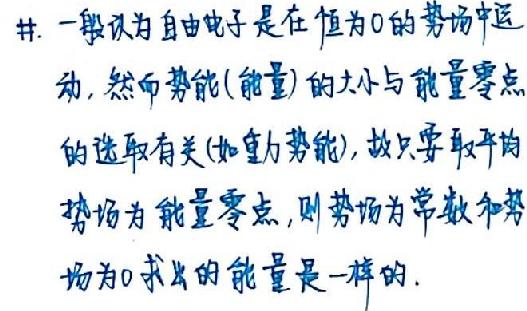
#. 一般认为自由电子是在恒为0的势场中运
动，然而势能(能量)的大小与能量零点
的选取有关(如重力势能)，故只要取平均
势场为能量零点，则势场为常数和势
场为0求出的能量是一样的.